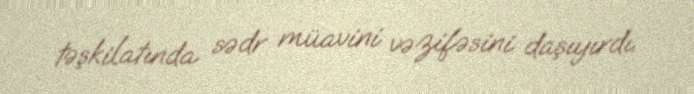
təşkilatında sədr müavini vəzifəsini daşıyırdı.